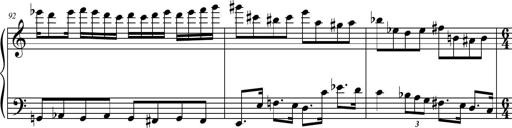
Title: Petite Sonatine
Composer: Richard St. Clair